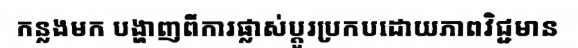
កន្លងមក បង្ហាញពីការផ្លាស់ប្តូរប្រកបដោយភាពវិជ្ជមាន